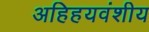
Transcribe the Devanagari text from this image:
अहिहयवंशीय